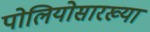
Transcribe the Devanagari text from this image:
पोलियोसारख्या